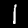
Label: 1